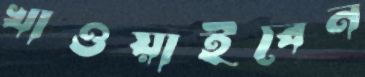
খাওয়াইবেন